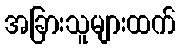
အခြားသူများထက်